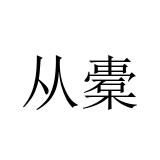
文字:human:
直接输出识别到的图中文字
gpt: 从橐